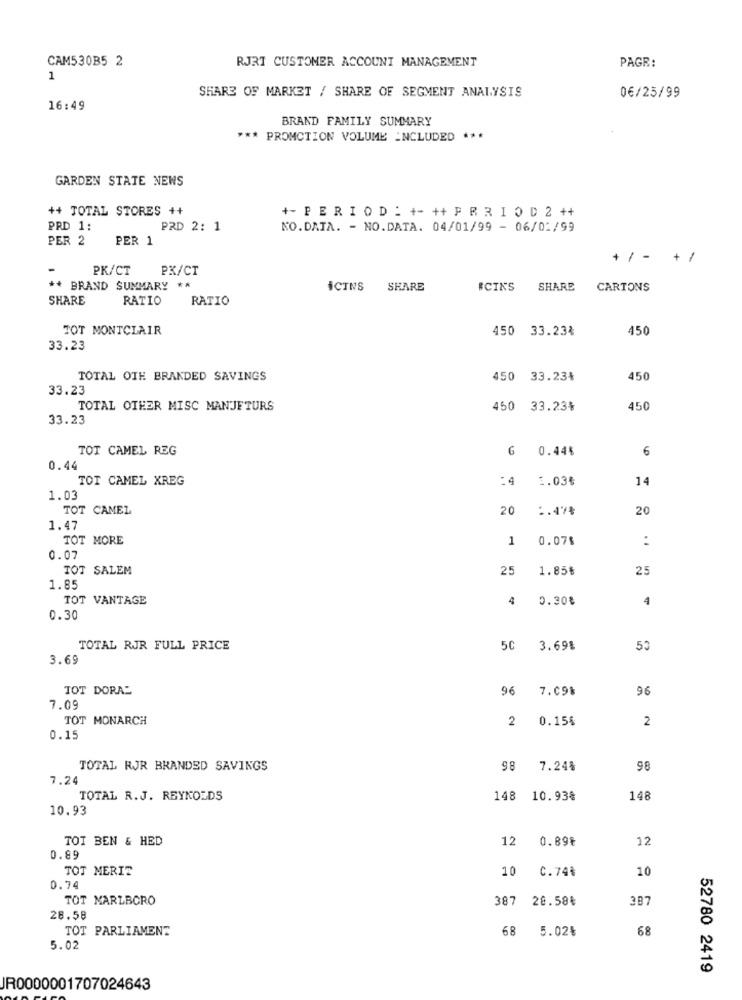
CAM530B5 2
RJRT CUSTOMER ACCOUNT MANAGEMENT
PAGR:
1
SHARE OF MARKET / SHARE OF SEGMENT ANALYSIS
0€/25/99
16:49
BRAND FAMILY SUMMARY
*** PROMCTION VOLUME INCLUDED ***
GARDEN STATE NEWS
++ TOTAL STORES ++
+- PERIOD : +- ++ P R R I O D 2 ++
PRD 1:
PRD 2: 1
NO.DATA. - NO.DATA. 04/01/99 - 06/01/99
PER 2
PER 1
+ / - +/
PK/CT
PK/CT
+ BRAND SUMMARY **
ICTNS
SHARE
#CINS
SHARE
CARTONS
SHARE
RATIO
RATIO
TOT MONTCLAIR
450 33.234
450
33.23
TOTAL OTE BRANDED SAVINGS
450
33.23₺
450
33.23
TOTAL OTHER MISC MANJETURS
450 33.23%
450
33.23
TOT CAMEL REG
6 0.44%
6
0.44
TOT CAMEL XREG
-4 1.03₺
14
1.03
TOT CAMEL
20
:. 47₺
20
1.47
TOT MORE
1
0.07$
:
0.07
TOT SALEM
25
1.85₺
25
1.85
TOT VANTAGE
4 0.30%
4
0.30
TOTAL RJR FULL PRICE
5C 3.69%
53
3.69
TOT DORA"
96
7.09%
96
7.09
TOT MONARCH
2
0.15%
2
0.15
TOTAL RJR BRANDED SAVINGS
98
7.24%
98
7.24
TOTAL R.J. REYNOLDS
148
10.93%
148
10.93
TOT BEN & HED
12
0.89€
12
0.89
TOT MERIT
10
C.74%
10
0.74
TOT MARLBORO
387
28.58₺
3B7
28.58
TOT PARLIAMENT
68
5.02%
68
5.02
52780 2419
IR0000001707024643